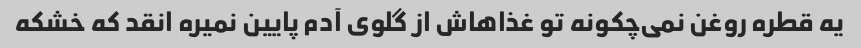
یه قطره روغن نمی‌چکونه تو غذاهاش از گلوی آدم پایین نمیره انقد که خشکه